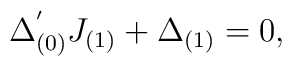
\Delta_{(0)}^{'}J_{(1)}+\Delta_{(1)}=0,